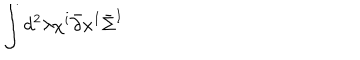
\int d ^ { 2 } \lambda \chi ^ { i } \bar { \partial } x ^ { I } \bar { \Sigma } ^ { I }